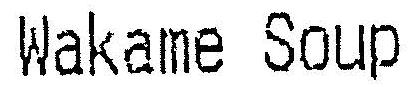
WAKAME SOUP